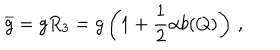
\overline { { g } } = g R _ { 3 } = g \left( 1 + { \frac { 1 } { 2 } } \alpha b ( Q ) \right) \, ,